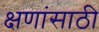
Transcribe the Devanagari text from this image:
क्षणांसाठी